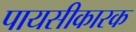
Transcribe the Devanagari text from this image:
पायसीकारक